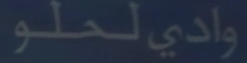
وادي لحلو